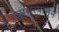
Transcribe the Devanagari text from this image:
तुमसरपासून